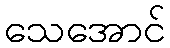
သေအောင်